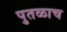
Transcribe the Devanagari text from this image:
पुतळाच